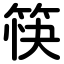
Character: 筷